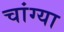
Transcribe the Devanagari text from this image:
चांग्या